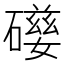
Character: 𥖃